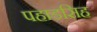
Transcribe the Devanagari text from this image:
पहाडसिह